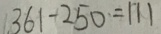
3 6 1 - 2 5 0 = 1 1 1